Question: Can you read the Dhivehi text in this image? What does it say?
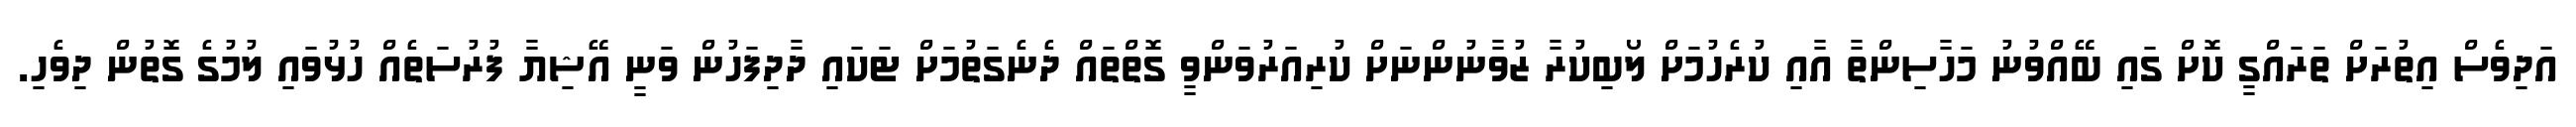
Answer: އަދިވެސް އިތުރަށް ތަރައްގީ ކޮށް ގައި ބޭއްވުނު މަހާސިންތާ އާއި ކުރެހުމަށް ލޯބިކުރާ ޒުވާނުންނަށް ކުރިއަރުވަންވީ ގޮތްތައް ދެނެގަތުމަށް ޓަކައި ދާދިފަހުން ވަނީ އޭޝިޔާ ފުރުސަތެއް ހުޅުވައި ލުމުގެ ގޮތުން ދިވެހި.